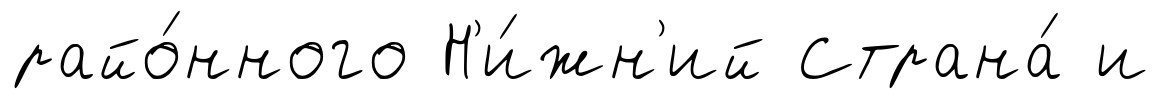
райо́нного Н'и́жн'ий Страна́ и